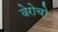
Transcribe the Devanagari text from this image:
वेरोचो